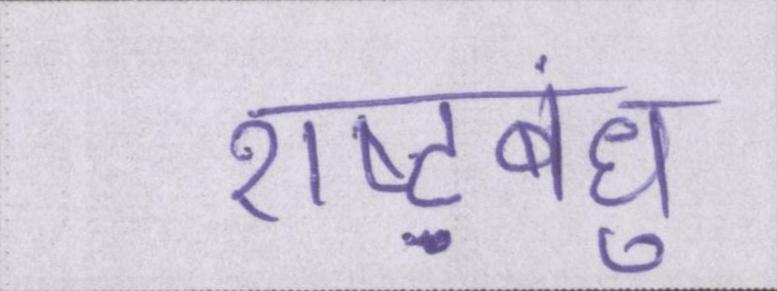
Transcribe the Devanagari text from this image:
राष्ट्रबंधु